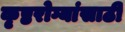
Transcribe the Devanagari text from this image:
कृष्ठरोग्यांसाठी